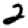
Digit: 2